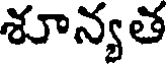
శూన్యత